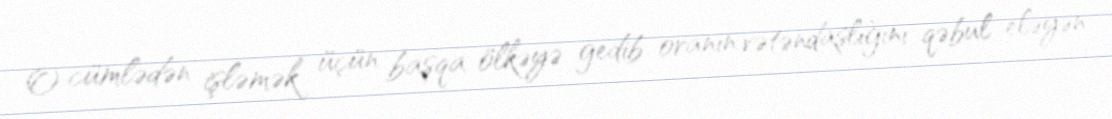
O cümlədən işləmək üçün başqa ölkəyə gedib oranın vətəndaşlığını qəbul eləyən